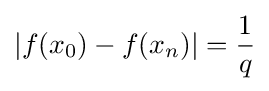
|f(x_{0})-f(x_{n})|={\frac {1}{q}}